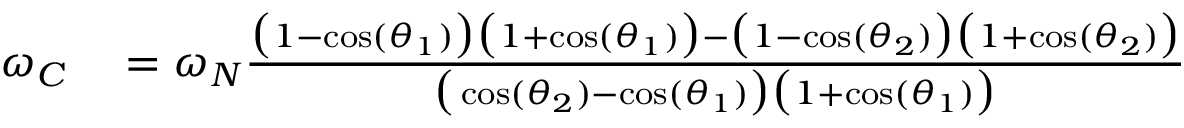
\begin{array} { r l } { \omega _ { C } } & { { } = \omega _ { N } \frac { \big ( 1 - \cos ( \theta _ { 1 } ) \big ) \big ( 1 + \cos ( \theta _ { 1 } ) \big ) - \big ( 1 - \cos ( \theta _ { 2 } ) \big ) \big ( 1 + \cos ( \theta _ { 2 } ) \big ) } { \big ( \cos ( \theta _ { 2 } ) - \cos ( \theta _ { 1 } ) \big ) \big ( 1 + \cos ( \theta _ { 1 } ) \big ) } } \end{array}